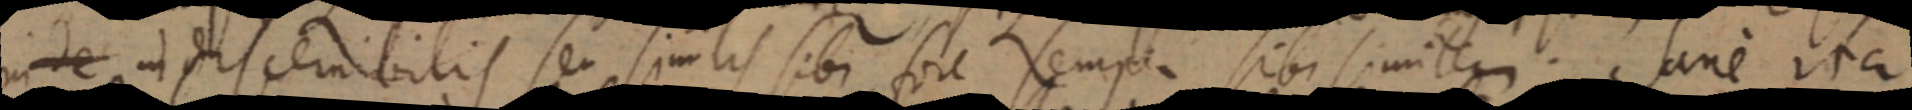
inde in discernibilis se similis sibi fore semper sibi similere. Sane ita